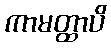
ကာမတ္ထာပိ